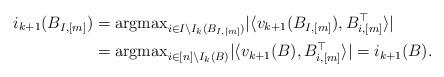
LaTeX: \begin{align*}i_{k+1}(B_{I,[m]}) &= {\rm argmax}_{i \in I\backslash I_k(B_{I,[m]})}|\langle v_{k+1}(B_{I,[m]}) , B_{i,[m]}^\top\rangle|\\&={\rm argmax}_{i \in [n]\backslash I_k(B)}|\langle v_{k+1}(B) , B_{i,[m]}^\top\rangle|=i_{k+1}(B).\end{align*}